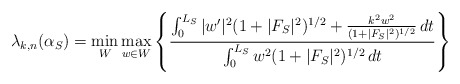
\begin{align*}\lambda_{k,n}(\alpha_S) = \min_W \max_{w \in W} \left\{ \frac{\int_0^{L_S} | w' |^2 (1+|F_S|^2)^{1/2} + \frac{k^2 w^2}{(1+|F_S|^2)^{1/2}} \,dt}{\int_0^{L_S} w^2 (1+|F_S|^2)^{1/2} \,dt} \right\}\end{align*}